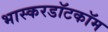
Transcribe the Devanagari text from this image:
भास्करडॉटकॉम